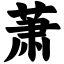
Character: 萧